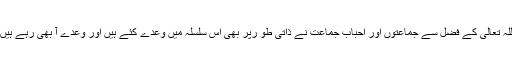
اللہ تعالیٰ کے فضل سے جماعتوں اور احباب جماعت نے ذاتی طو رپر بھی اس سلسلہ میں وعدے کئے ہیں اور وعدے آ بھی رہے ہیں۔